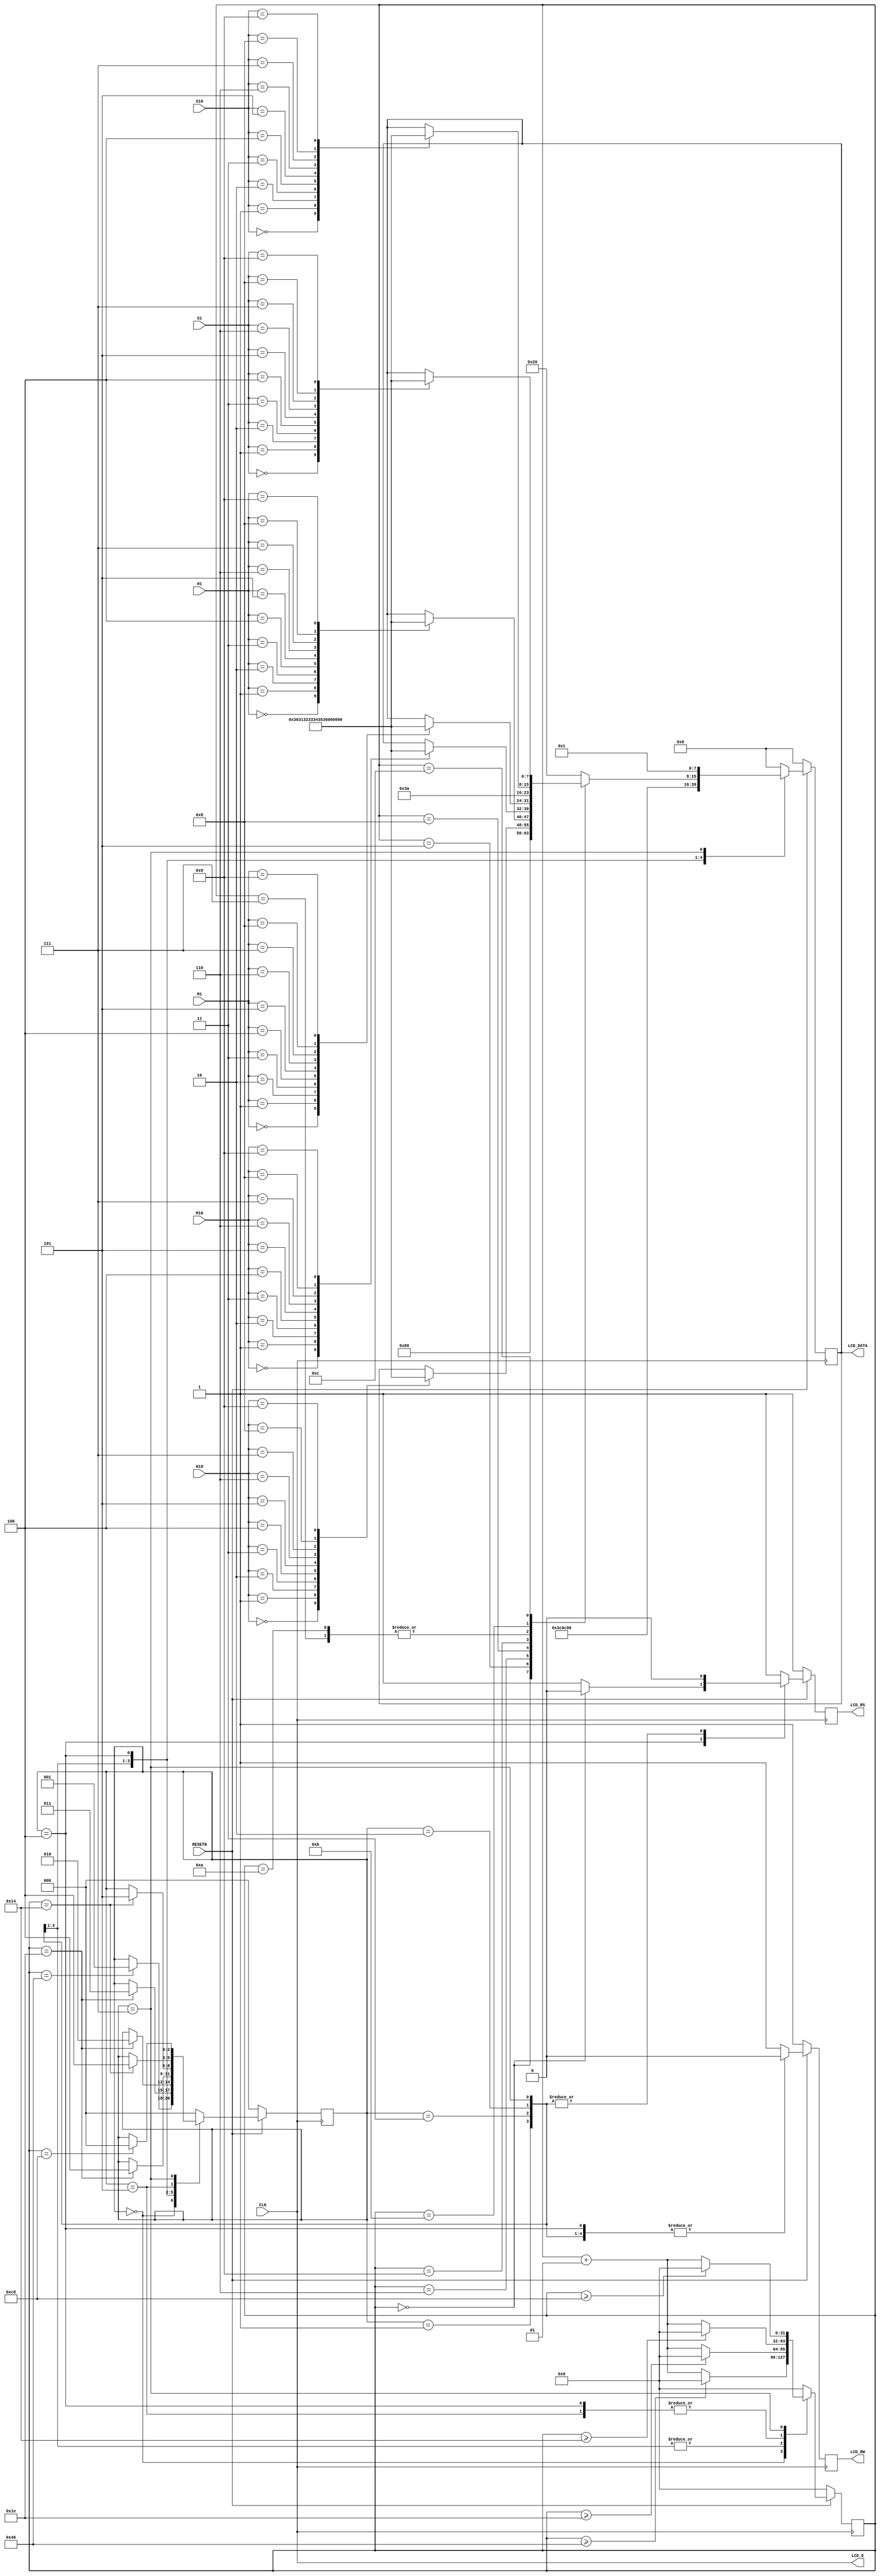
module LCD_WATCH_VFD( 
	RESETN,CLK,
	LCD_E, LCD_RS, LCD_RW, 
	LCD_DATA,H10,H1,M10,M1,S10,S1
);

input RESETN, CLK;
input [3:0]H10,H1,M10,M1,S10,S1;

output LCD_E, LCD_RS, LCD_RW; 
output [7:0] LCD_DATA;

wire LCD_E;
reg LCD_RS, LCD_RW; 
reg [7:0] LCD_DATA;

reg [2:0] STATE;
parameter DELAY = 3'b000,
	FUNCTION_SET = 3'b001, 
	ENTRY_MODE = 3'b010,  
	DISP_ONOFF=3'b011,
	LINE1 = 3'b100,
   LINE2 = 3'b101,
	CLEAR_DISP = 3'b111;
integer CNT;

always @(posedge CLK) 
	begin
	if (RESETN == 1'b0) 
		STATE = DELAY;
	else
		begin
			case (STATE) 
				DELAY :
					if (CNT == 70) STATE = FUNCTION_SET; 
				FUNCTION_SET :
					if (CNT == 30) STATE = DISP_ONOFF; 
				DISP_ONOFF :
					if (CNT == 30) STATE = ENTRY_MODE; 
				ENTRY_MODE :
					if (CNT == 30) STATE = LINE1; 
				LINE1 :
					if (CNT == 20) STATE = LINE2; 
				LINE2 :
					if (CNT == 20) STATE = LINE1;
				CLEAR_DISP :
					if (CNT == 200) STATE = DELAY;
				default : STATE = DELAY; 
			endcase
		end
	end

always @(posedge CLK) 
	begin
		if (RESETN == 1'b0) 
			CNT = 0;
		else
			begin
				case (STATE) 
					DELAY :
						if (CNT >= 70) CNT = 0; 
						else CNT = CNT + 1;
					FUNCTION_SET :
						if (CNT >= 30) CNT = 0; 
						else CNT = CNT + 1;
					DISP_ONOFF :
						if (CNT >= 30) CNT = 0; 
						else CNT = CNT + 1;
					ENTRY_MODE :
						if (CNT >= 30) CNT = 0; 
						else CNT = CNT + 1;
					LINE1 :
						if (CNT >= 20) CNT = 0; 
						else CNT = CNT + 1;
					LINE2 :
						if (CNT >= 20) CNT = 0; 
						else CNT = CNT + 1;
					CLEAR_DISP :
						if (CNT >= 200) CNT = 0; 
						else CNT = CNT + 1;
					default : CNT = 0; 
				endcase
			end
	end


always @(posedge CLK) 
	begin
		if (RESETN == 1'b0)
			begin
				LCD_RS = 1'b1; 
				LCD_RW = 1'b1;
				LCD_DATA = 8'b00000000;
			end 
		else
			begin
				case (STATE) 
					FUNCTION_SET :
						begin
							LCD_RS = 1'b0; 
							LCD_RW = 1'b0;
							LCD_DATA = 8'b00111100;
						end

					DISP_ONOFF :
						begin
							LCD_RS = 1'b0; 
							LCD_RW = 1'b0;
							LCD_DATA = 8'b00001100;
						end

					ENTRY_MODE :
						begin
							LCD_RS = 1'b0; 
							LCD_RW = 1'b0;
							LCD_DATA = 8'b00000110;
						end

					LINE1 :
						begin

							LCD_RW = 1'b0;

							case (CNT) 
								0 :
									begin
										LCD_RS = 1'b0;
										LCD_DATA = 8'b10000000;
									end
								1 :
									begin
										LCD_RS = 1'b1;
										LCD_DATA = 8'b00100000; //NULL
									end
								2 :
									begin
										LCD_RS = 1'b1;
										LCD_DATA = 8'b00100000; //NULL
									end
								3 :
									begin
										LCD_RS = 1'b1;
										LCD_DATA = 8'b00100000; //NULL
									end
								4 :
									begin
										LCD_RS = 1'b1;
										LCD_DATA = 8'b00100000; //NULL
									end
								5 :
									begin
										LCD_RS = 1'b1;
										case(H10)
											4'b0000: LCD_DATA =8'b00110000; //0
											4'b0001: LCD_DATA =8'b00110001; //1
											4'b0010: LCD_DATA =8'b00110010; //2
											4'b0011: LCD_DATA =8'b00110011; //3
											4'b0100: LCD_DATA =8'b00110100; //4
											4'b0101: LCD_DATA =8'b00110101; //5
											4'b0110: LCD_DATA =8'b00110110; //6
											4'b0111: LCD_DATA =8'b00110111; //7
											4'b1000: LCD_DATA =8'b00111000; //8
											4'b1001: LCD_DATA =8'b00111001; //9
										endcase						
									end
								6 :
									begin
										LCD_RS = 1'b1;
										case(H1)
											4'b0000: LCD_DATA =8'b00110000; //0
											4'b0001: LCD_DATA =8'b00110001; //1
											4'b0010: LCD_DATA =8'b00110010; //2
											4'b0011: LCD_DATA =8'b00110011; //3
											4'b0100: LCD_DATA =8'b00110100; //4
											4'b0101: LCD_DATA =8'b00110101; //5
											4'b0110: LCD_DATA =8'b00110110; //6
											4'b0111: LCD_DATA =8'b00110111; //7
											4'b1000: LCD_DATA =8'b00111000; //8
											4'b1001: LCD_DATA =8'b00111001; //9
										endcase						
									end
								7 :
									begin
										LCD_RS = 1'b1;
										LCD_DATA = 8'b00111010; //:
									end
								8 :
									begin
										LCD_RS = 1'b1;
										case(M10)
											4'b0000: LCD_DATA =8'b00110000; //0
											4'b0001: LCD_DATA =8'b00110001; //1
											4'b0010: LCD_DATA =8'b00110010; //2
											4'b0011: LCD_DATA =8'b00110011; //3
											4'b0100: LCD_DATA =8'b00110100; //4
											4'b0101: LCD_DATA =8'b00110101; //5
											4'b0110: LCD_DATA =8'b00110110; //6
											4'b0111: LCD_DATA =8'b00110111; //7
											4'b1000: LCD_DATA =8'b00111000; //8
											4'b1001: LCD_DATA =8'b00111001; //9
										endcase						 //M10
									end
								9 :
									begin
										LCD_RS = 1'b1;
										case(M1)
											4'b0000: LCD_DATA =8'b00110000; //0
											4'b0001: LCD_DATA =8'b00110001; //1
											4'b0010: LCD_DATA =8'b00110010; //2
											4'b0011: LCD_DATA =8'b00110011; //3
											4'b0100: LCD_DATA =8'b00110100; //4
											4'b0101: LCD_DATA =8'b00110101; //5
											4'b0110: LCD_DATA =8'b00110110; //6
											4'b0111: LCD_DATA =8'b00110111; //7
											4'b1000: LCD_DATA =8'b00111000; //8
											4'b1001: LCD_DATA =8'b00111001; //9									
										endcase						//M1
									end
								10 :
									begin
										LCD_RS = 1'b1;
										LCD_DATA = 8'b00111010; //:
									end
								11 :
									begin
										LCD_RS = 1'b1;
										case(S10)
											4'b0000: LCD_DATA =8'b00110000; //0
											4'b0001: LCD_DATA =8'b00110001; //1
											4'b0010: LCD_DATA =8'b00110010; //2
											4'b0011: LCD_DATA =8'b00110011; //3
											4'b0100: LCD_DATA =8'b00110100; //4
											4'b0101: LCD_DATA =8'b00110101; //5
											4'b0110: LCD_DATA =8'b00110110; //6
											4'b0111: LCD_DATA =8'b00110111; //7
											4'b1000: LCD_DATA =8'b00111000; //8
											4'b1001: LCD_DATA =8'b00111001; //9
										endcase						 //S10
									end
								12 :
									begin
										LCD_RS = 1'b1;
										case(S1)
											4'b0000: LCD_DATA =8'b00110000; //0
											4'b0001: LCD_DATA =8'b00110001; //1
											4'b0010: LCD_DATA =8'b00110010; //2
											4'b0011: LCD_DATA =8'b00110011; //3
											4'b0100: LCD_DATA =8'b00110100; //4
											4'b0101: LCD_DATA =8'b00110101; //5
											4'b0110: LCD_DATA =8'b00110110; //6
											4'b0111: LCD_DATA =8'b00110111; //7
											4'b1000: LCD_DATA =8'b00111000; //8
											4'b1001: LCD_DATA =8'b00111001; //9
										endcase					 //S1
									end
								13 :
									begin
										LCD_RS = 1'b1;
										LCD_DATA = 8'b00100000; //NULL
									end							
								14 :
									begin
										LCD_RS = 1'b1;
										LCD_DATA = 8'b00100000; //NULL
									end						
								15 :
									begin
										LCD_RS = 1'b1;
										LCD_DATA = 8'b00100000; //NULL
									end
								16 :
									begin
										LCD_RS = 1'b1;
										LCD_DATA = 8'b00100000; //NULL
									end
								default :
									begin
										LCD_RS = 1'b1;
										LCD_DATA = 8'b00100000;
									end	
								endcase
							end 
												
						CLEAR_DISP :
							begin
								LCD_RS = 1'b0;
								LCD_RW = 1'b0;
								LCD_DATA = 8'b00000001;
							end

						default : 
							begin
								LCD_RS = 1'b1; 
								LCD_RW = 1'b1;
								LCD_DATA = 8'b00000000;
							end 
					endcase
			end
		end
assign LCD_E = CLK; 
endmodule